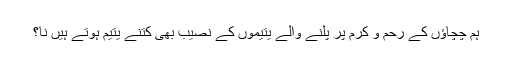
ہم چچاؤں کے رحم و کرم پر پلنے والے یتیموں کے نصیب بھی کتنے یتیم ہوتے ہیں نا؟